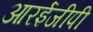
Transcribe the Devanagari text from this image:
आरईजीपी